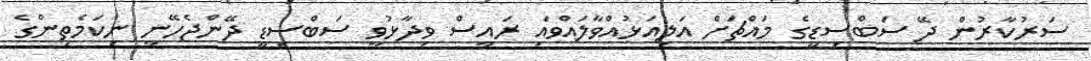
ސަރުކާރުން ދޭ ސަބްސިޑީގެ މައްޗަށް އަލިއަޅުއްވާލައްވައި ރައީސް ވިދާޅުވީ ސަބްސިޑީ ދޭންޖެހޭނީ ނިކަމެތިންގެ